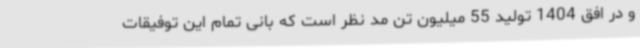
و در افق 1404 تولید 55 میلیون تن مد نظر است که بانی تمام این توفیقات